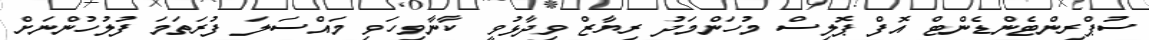
ސުޕްރިންޓެންޑެންޓް އޮފް ޕޮލިސް މުހަންމަދު ރިޔާޒް ވިދާޅުވީ ކާނާވިހަވި މައްސަލަ ފުރަތަމަ ފުލުހުންނަށް